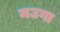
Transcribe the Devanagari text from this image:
मउगा